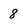
Character: 8